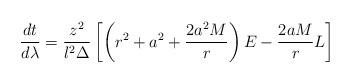
LaTeX: \begin{align*}\frac{dt}{d\lambda}= \frac{z^2}{l^2\Delta}\left[\left(r^2+a^2+\frac{2a^2M}{r}\right) E-\frac{2aM}{r}L\right]\end{align*}